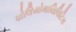
પોલિયોમાયિલિટિસ